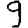
Digit: 9